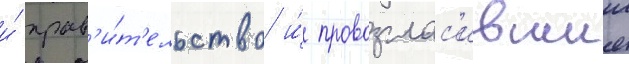
и́ прав'и́т'ельство и́ провозглас'ившии